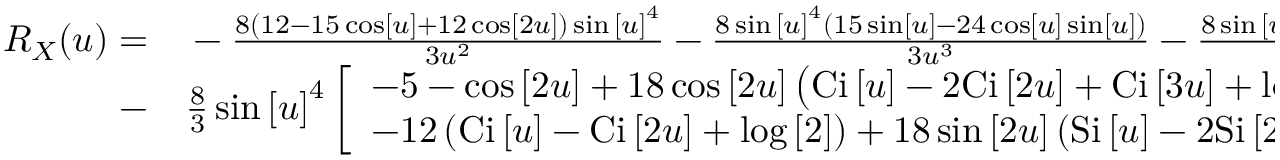
\begin{array} { r l } { { R _ { X } } ( u ) = } & { { } - \frac { { 8 \left( { 1 2 - 1 5 \cos \left[ u \right] + 1 2 \cos \left[ { 2 u } \right] } \right) \sin { { \left[ u \right] } ^ { 4 } } } } { { 3 { u ^ { 2 } } } } - \frac { { 8 \sin { { \left[ u \right] } ^ { 4 } } \left( { 1 5 \sin \left[ u \right] - 2 4 \cos \left[ u \right] \sin \left[ u \right] } \right) } } { { 3 { u ^ { 3 } } } } - \frac { { 8 \sin { { \left[ u \right] } ^ { 4 } } \left( { 2 1 \sin \left[ u \right] - 6 \sin \left[ { 2 u } \right] } \right) } } { { 3 u } } } \\ { - } & { { } \frac { 8 } { 3 } \sin { \left[ u \right] ^ { 4 } } \left[ \begin{array} { l } { - 5 - \cos \left[ { 2 u } \right] + 1 8 \cos \left[ { 2 u } \right] \left( { \mathrm { { C i } } \left[ u \right] - 2 \mathrm { { C i } } \left[ { 2 u } \right] + \mathrm { { C i } } \left[ { 3 u } \right] + \log \left[ { \frac { 4 } { 3 } } \right] } \right) } \\ { - 1 2 \left( { \mathrm { { C i } } \left[ u \right] - \mathrm { { C i } } \left[ { 2 u } \right] + \log \left[ 2 \right] } \right) + 1 8 \sin \left[ { 2 u } \right] \left( { \mathrm { { S i } } \left[ u \right] - 2 \mathrm { { S i } } \left[ { 2 u } \right] + \mathrm { { S i } } \left[ { 3 u } \right] } \right) } \end{array} \right] . } \end{array}